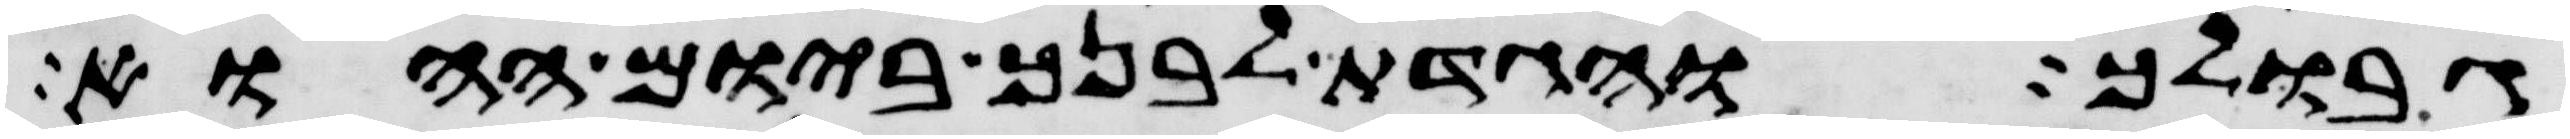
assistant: גבולך והגדת לבנך ביום ההוא